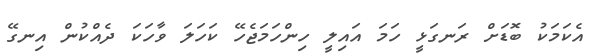
އެކަމަކު ބޮޑަށް ރަނގަޅީ ހަމަ އައިލީ ހިންހަމަޖެހޭ ކަހަލަ ވާހަކަ ދެއްކުން އިނގޭ